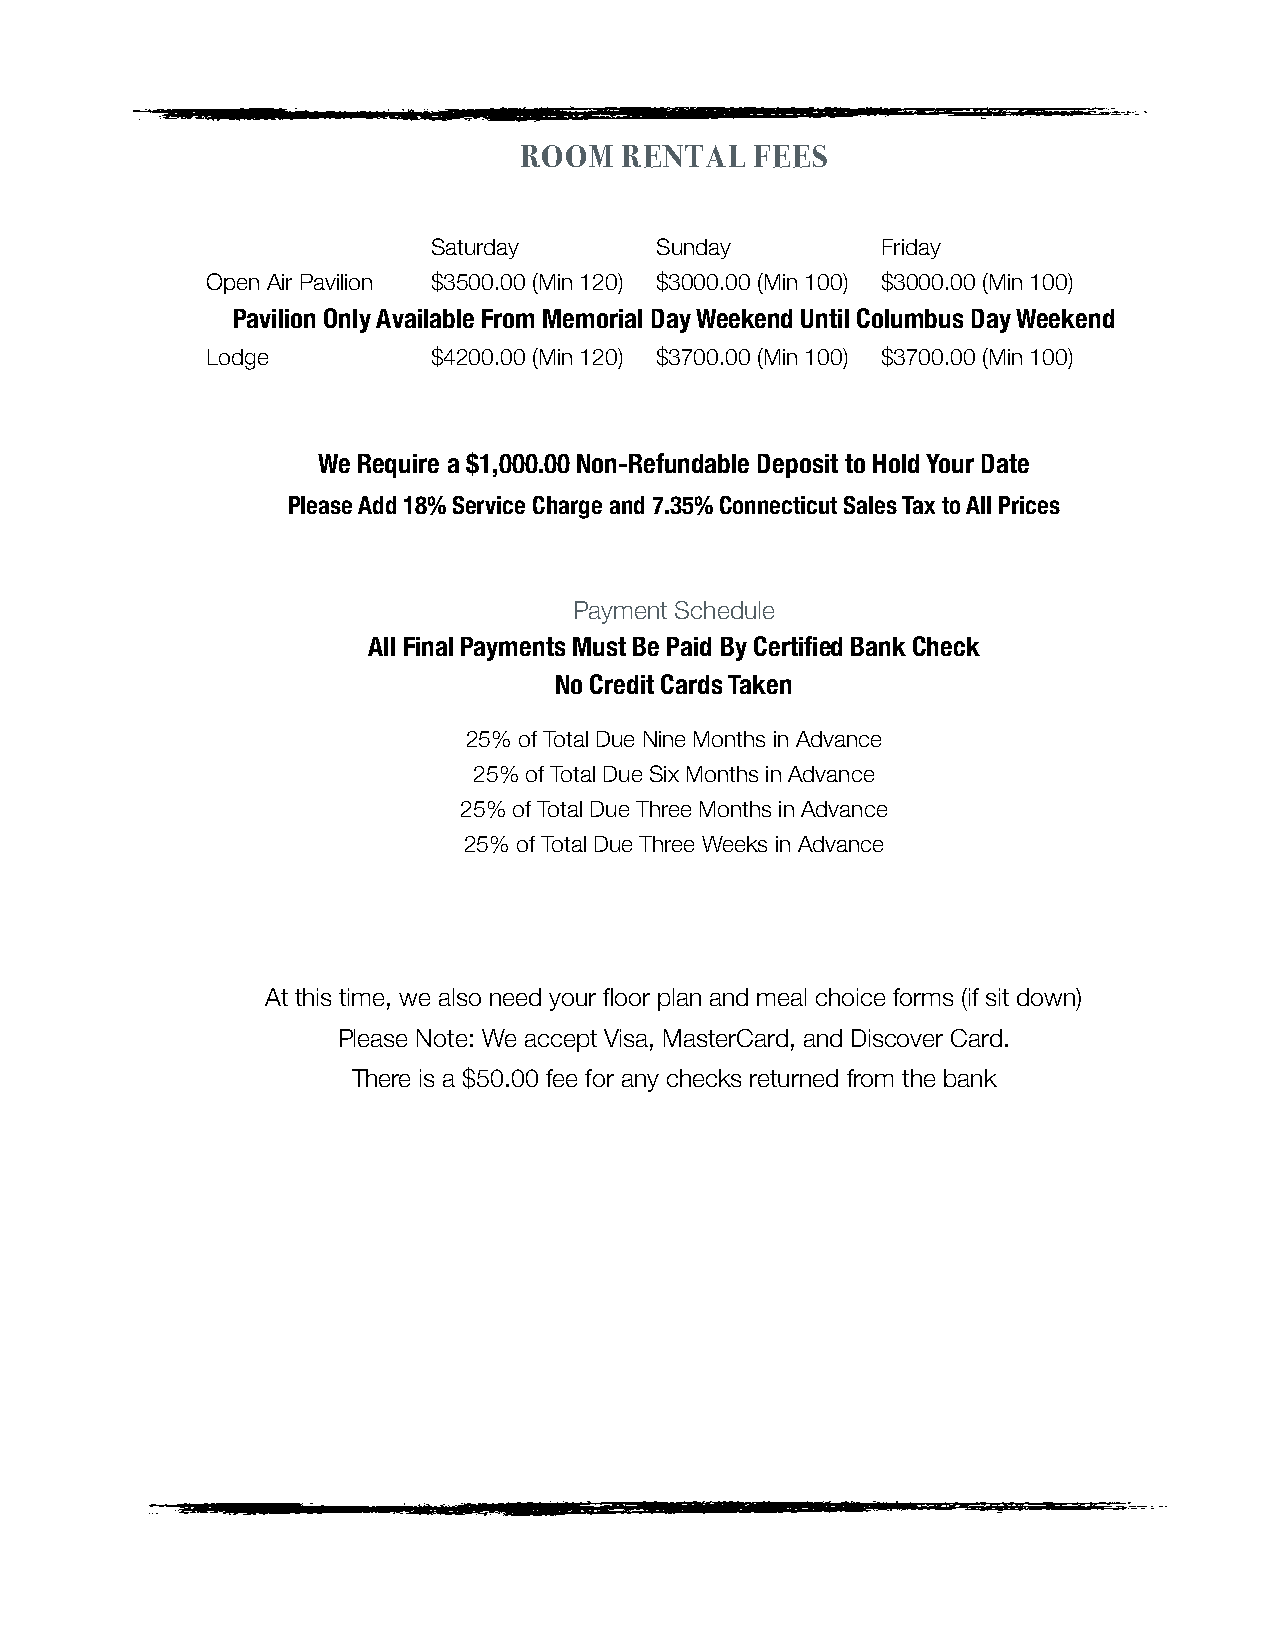
ROOM   RENTAL   FEES
 Saturday      Sunday         Friday
 Open Air Pavilion $3500.00 (Min 120) $3000.00 (Min 100) $3000.00 (Min 100)
 Pavilion Only Available From Memorial Day Weekend Until Columbus Day Weekend
 Lodge          $4200.00 (Min 120) $3700.00 (Min 100) $3700.00 (Min 100)
 We Require a $1,000.00 Non-Refundable Deposit to Hold Your Date
 Please Add 18% Service Charge and 7.35% Connecticut Sales Tax to All Prices
 Payment Schedule
 All Final Payments Must Be Paid By Certified Bank Check
 No Credit Cards Taken
 25% of Total Due Nine Months in Advance
 25% of Total Due Six Months in Advance
 25% of Total Due Three Months in Advance
 25% of Total Due Three Weeks in Advance
 At this time, we also need your floor plan and meal choice forms (if sit down)
 Please Note: We accept Visa, MasterCard, and Discover Card.
 There is a $50.00 fee for any checks returned from the bank